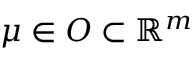
\mu \in O \subset \mathbb { R } ^ { m }